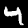
Digit: 4